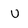
Character: u